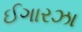
ઈગારઝા